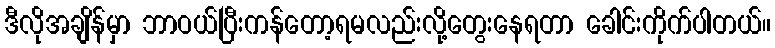
ဒီလိုအချိန်မှာ ဘာဝယ်ပြီးကန်တော့ရမလည်းလို့တွေးနေရတာ ခေါင်းကိုက်ပါတယ်။